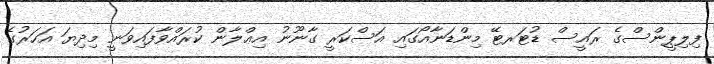
ފިލިޕީންސްގެ ރައީސް ޑުޓަރޓޭ މިންޑަނާއޯގައި އަސްކަރީ ގާނޫނު އިޢްލާން ކުރައްވާފައިވަނީ މިދިޔަ އަހަރުގެ